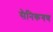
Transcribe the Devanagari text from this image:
सैनिकगण